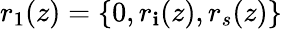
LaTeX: r_{1}(z)=\{ 0,r_{\mathbf{i}}(z),r_{s}(z)\}